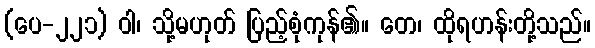
(ပေ-၂၂၁) ဝါ၊ သို့မဟုတ် ပြည့်စုံကုန်၏။ တေ၊ ထိုရဟန်းတို့သည်။